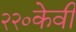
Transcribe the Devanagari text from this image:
२२०केवी